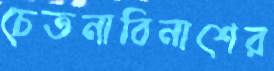
চেতনাবিনাশের